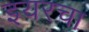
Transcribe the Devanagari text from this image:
इयरचा